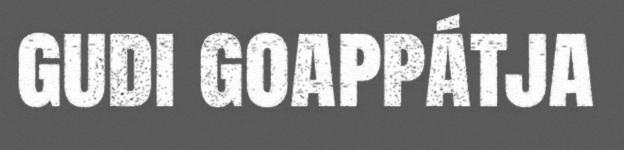
gudi goappátja